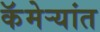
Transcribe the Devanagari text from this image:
कॅमेर्‍यांत